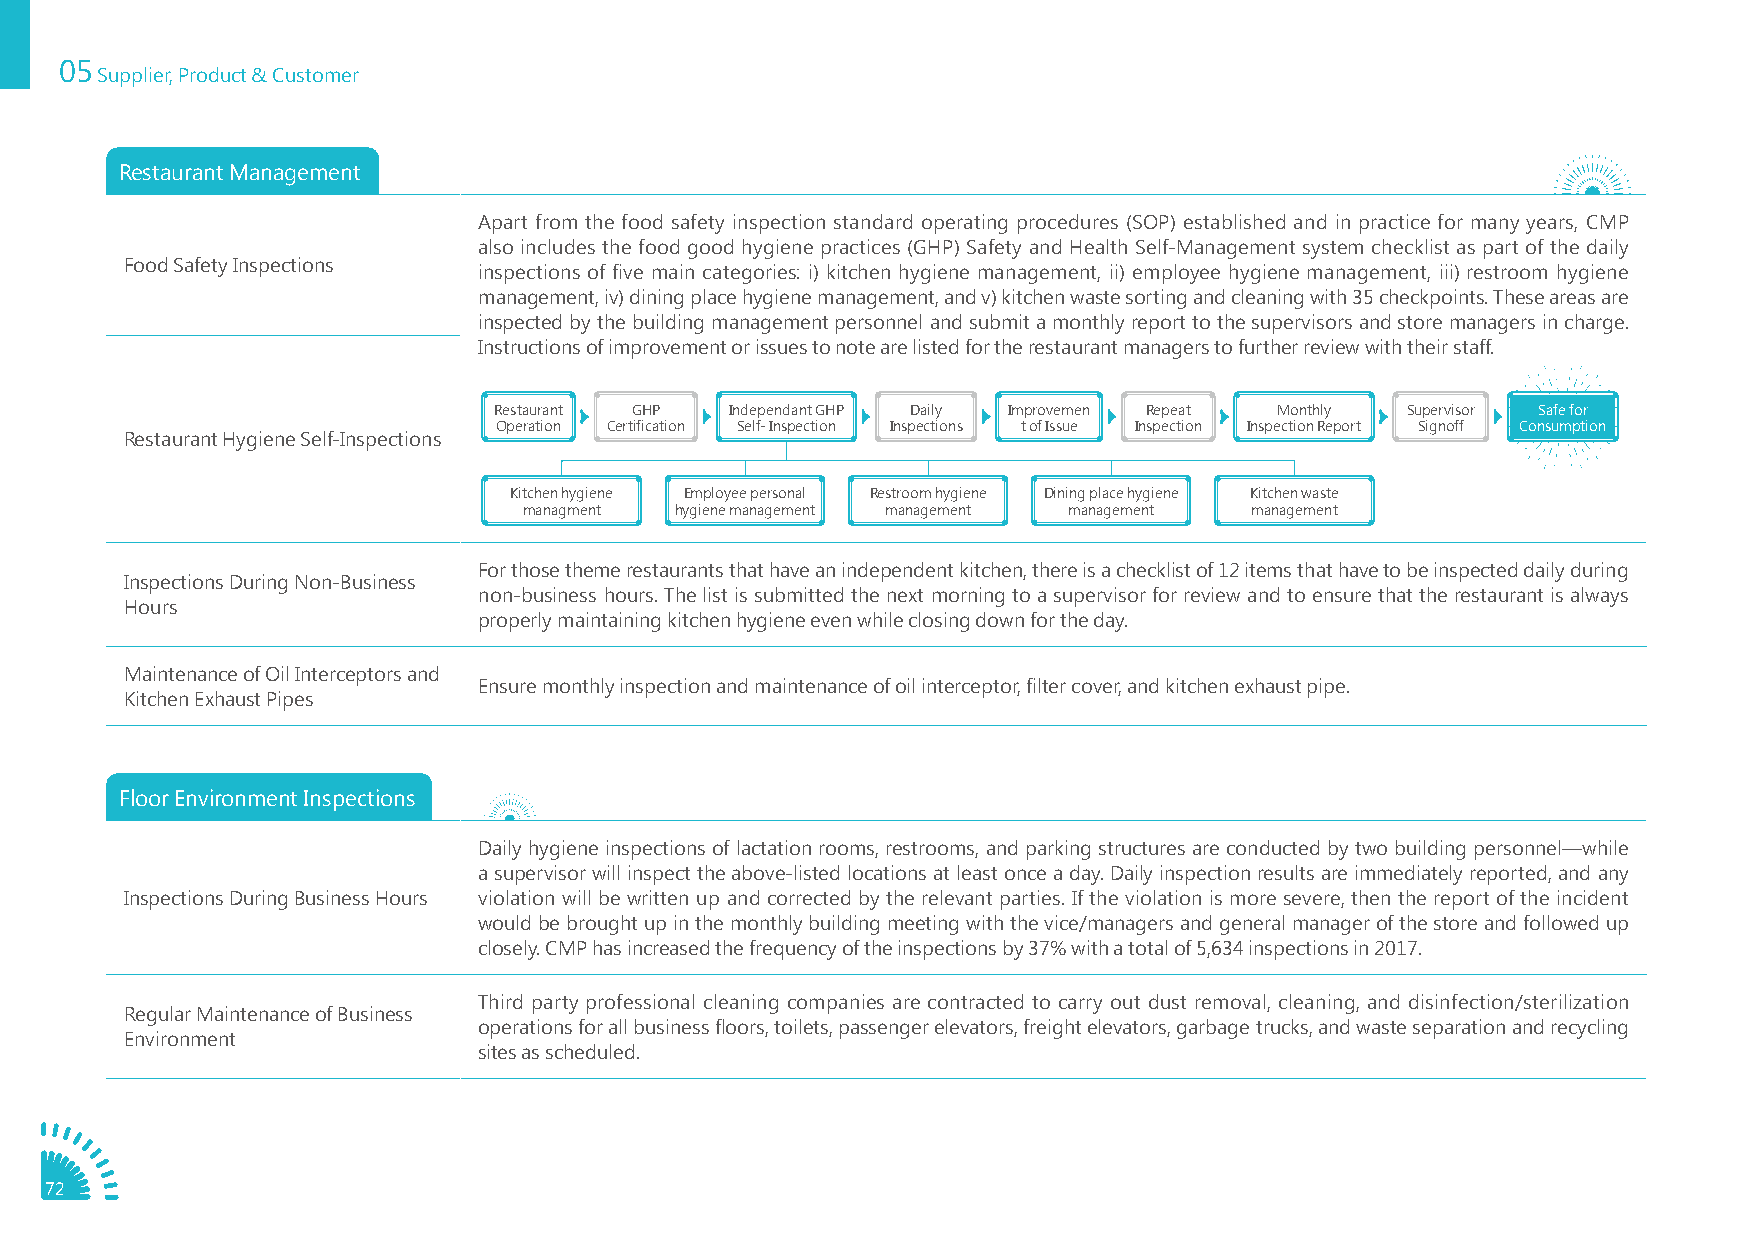
05
 Supplier, Product & Customer
 Restaurant Management
 Apart from the food safety inspection standard operating procedures (SOP) established and in practice for many years, CMP
 also includes the food good hygiene practices (GHP) Safety and Health Self-Management system checklist as part of the daily
 Food Safety Inspections
 inspections of five main categories: i) kitchen hygiene management, ii) employee hygiene management, iii) restroom hygiene
 management, iv) dining place hygiene management, and v) kitchen waste sorting and cleaning with 35 checkpoints. These areas are
 inspected by the building management personnel and submit a monthly report to the supervisors and store managers in charge.
 Instructions of improvement or issues to note are listed for the restaurant managers to further review with their staff.
 Restaurant GHP Independant GHP Daily Improvemen Repeat Monthly Supervisor Safe for
 Operation Certification Self- Inspection Inspections t of Issue Inspection Inspection Report Signoff Consumption
 Restaurant Hygiene Self-Inspections
 Kitchen hygiene Employee personal Restroom hygiene Dining place hygiene Kitchen waste
 managment hygiene management management management management
 For those theme restaurants that have an independent kitchen, there is a checklist of 12 items that have to be inspected daily during
 Inspections During Non-Business
 non-business hours. The list is submitted the next morning to a supervisor for review and to ensure that the restaurant is always
 Hours
 properly maintaining kitchen hygiene even while closing down for the day.
 Maintenance of Oil Interceptors and
 Ensure monthly inspection and maintenance of oil interceptor, filter cover, and kitchen exhaust pipe.
 Kitchen Exhaust Pipes
 Floor Environment Inspections
 Daily hygiene inspections of lactation rooms, restrooms, and parking structures are conducted by two building personnel—while
 a supervisor will inspect the above-listed locations at least once a day. Daily inspection results are immediately reported, and any
 Inspections During Business Hours violation will be written up and corrected by the relevant parties. If the violation is more severe, then the report of the incident
 would be brought up in the monthly building meeting with the vice/managers and general manager of the store and followed up
 closely. CMP has increased the frequency of the inspections by 37% with a total of 5,634 inspections in 2017.
 Third party professional cleaning companies are contracted to carry out dust removal, cleaning, and disinfection/sterilization
 Regular Maintenance of Business
 operations for all business floors, toilets, passenger elevators, freight elevators, garbage trucks, and waste separation and recycling
 Environment
 sites as scheduled.
 72